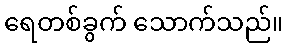
ရေတစ်ခွက် သောက်သည်။